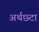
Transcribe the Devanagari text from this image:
अर्थछ्टा